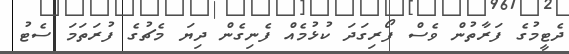
ދެޓީމުގެ ފަރާތުން ވެސް ފޯރިގަދަ ކުޅުމެއް ފެނިގެން ދިޔަ މެޗުގެ ފުރަތަމަ ސެޓު